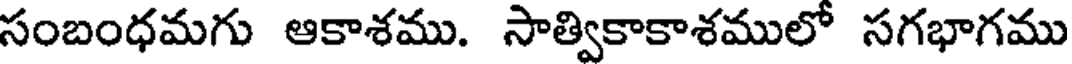
సంబంధమగు ఆకాశము. సాత్వికాకాశములో సగభాగము